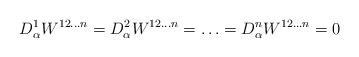
LaTeX: \begin{align*}D^1_\alpha W^{12\ldots n} = D^2_\alpha W^{12\ldots n}= \ldots =D^n_\alpha W^{12\ldots n} =0\end{align*}